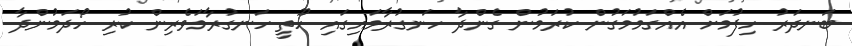
ބަނދަރު ހިފުމަށް އެއްގަމުމަގުން ކުރަމުން ގެންދާ ހަނގުރާމައިގައި ހޫތީ ހަނގުރާމަވެރިން ކުރި ހޯދަމުންދާ